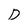
Character: D